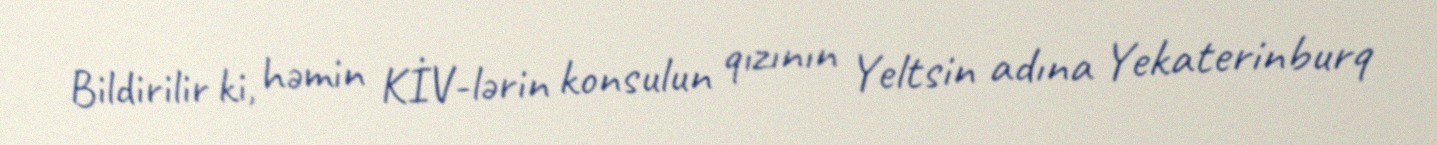
Bildirilir ki, həmin KİV-lərin konsulun qızının Yeltsin adına Yekaterinburq